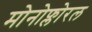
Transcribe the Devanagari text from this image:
मोनोफ्लोरल